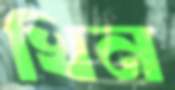
খিন